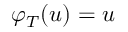
\varphi _ { T } ( u ) = u